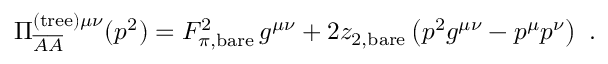
\Pi _ { \overline { { { \cal A } } } \overline { { { \cal A } } } } ^ { \mathrm { ( t r e e ) } \mu \nu } ( p ^ { 2 } ) = F _ { \pi , \mathrm { b a r e } } ^ { 2 } \, g ^ { \mu \nu } + 2 z _ { 2 , \mathrm { b a r e } } \left( p ^ { 2 } g ^ { \mu \nu } - p ^ { \mu } p ^ { \nu } \right) \ .